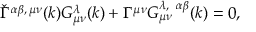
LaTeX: \check { \Gamma } ^ { \alpha \beta , \, \mu \nu } ( k ) G _ { \mu \nu } ^ { \lambda } ( k ) + \Gamma ^ { \mu \nu } G _ { \mu \nu } ^ { \lambda , \; \; \alpha \beta } ( k ) = 0 ,